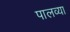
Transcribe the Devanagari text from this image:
पालव्या